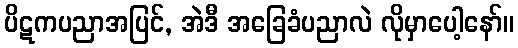
ပိဋကပညာအပြင်, အဲဒီ အခြေခံပညာလဲ လိုမှာပေါ့နော်။